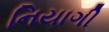
નિયાગી